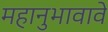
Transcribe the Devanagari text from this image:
महानुभावावे